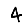
Digit: 4